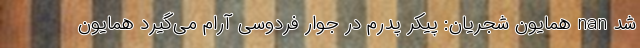
شد nan همایون شجریان: پیکر پدرم در جوار فردوسی آرام می‌گیرد همایون